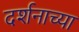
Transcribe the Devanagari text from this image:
दर्शनाच्या